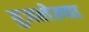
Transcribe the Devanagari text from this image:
बुजलेल्या